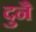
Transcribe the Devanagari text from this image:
दुनै